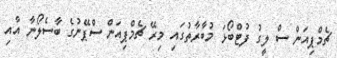
ޗެމްޕިއަން ސް ލީގު ފުޓްބޯޅަ މުބާރާތުގައި މިރޭ ޗެމްޕިއަން ސްޕޭނުގެ ބާސެލޯނާ އާއި